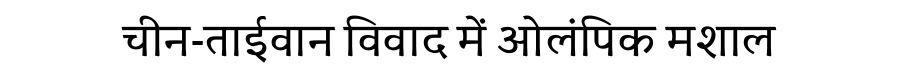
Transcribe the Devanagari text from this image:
चीन-ताईवान विवाद में ओलंपिक मशाल